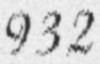
932